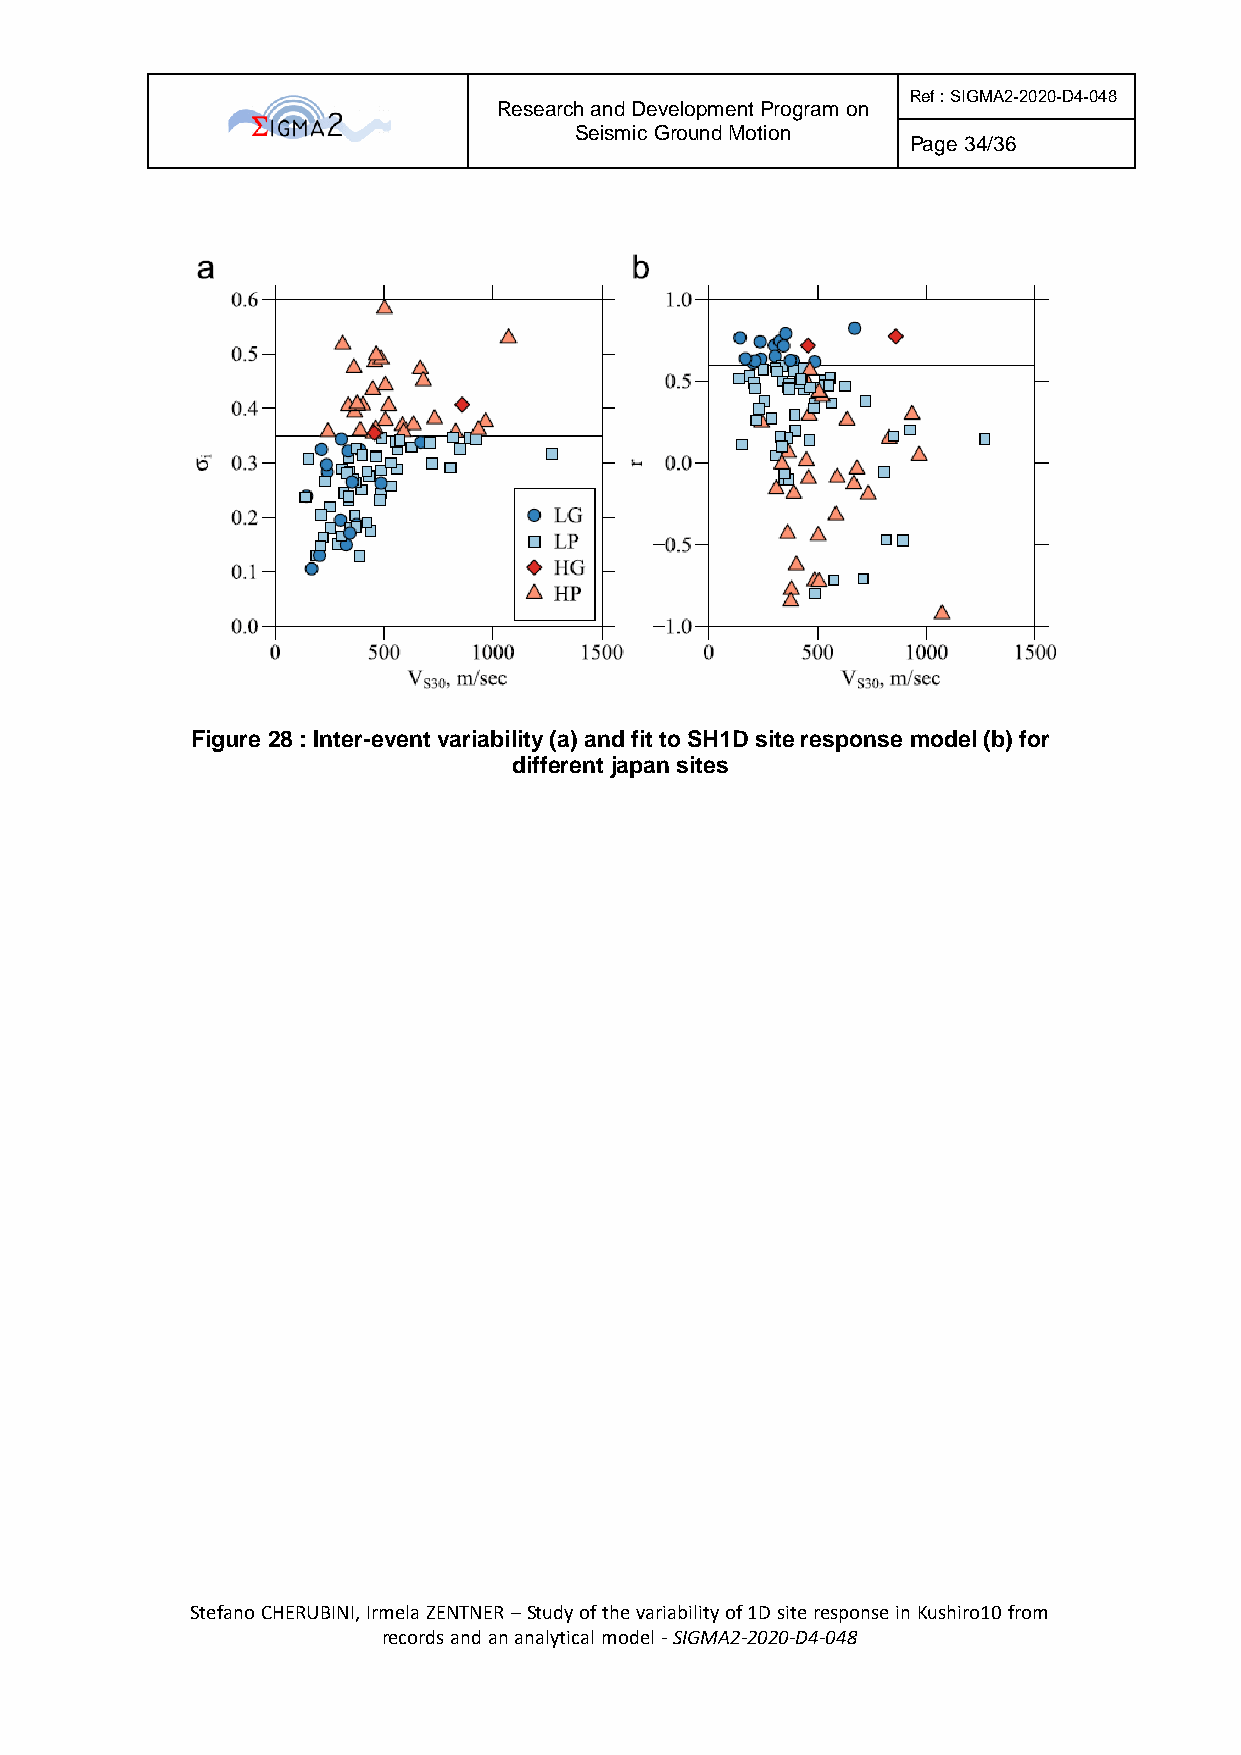
Ref : SIGMA2-2020-D4-048
 Research and Development Program on
 Seismic Ground Motion
 Page 34/36
 Figure 28 : Inter-event variability (a) and fit to SH1D site response model (b) for
 different japan sites
 Stefano CHERUBINI, Irmela ZENTNER – Study of the variability of 1D site response in Kushiro10 from
 records and an analytical model - SIGMA2-2020-D4-048